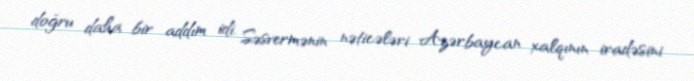
doğru daha bir addım idi. Səsvermənin nəticələri Azərbaycan xalqının iradəsini